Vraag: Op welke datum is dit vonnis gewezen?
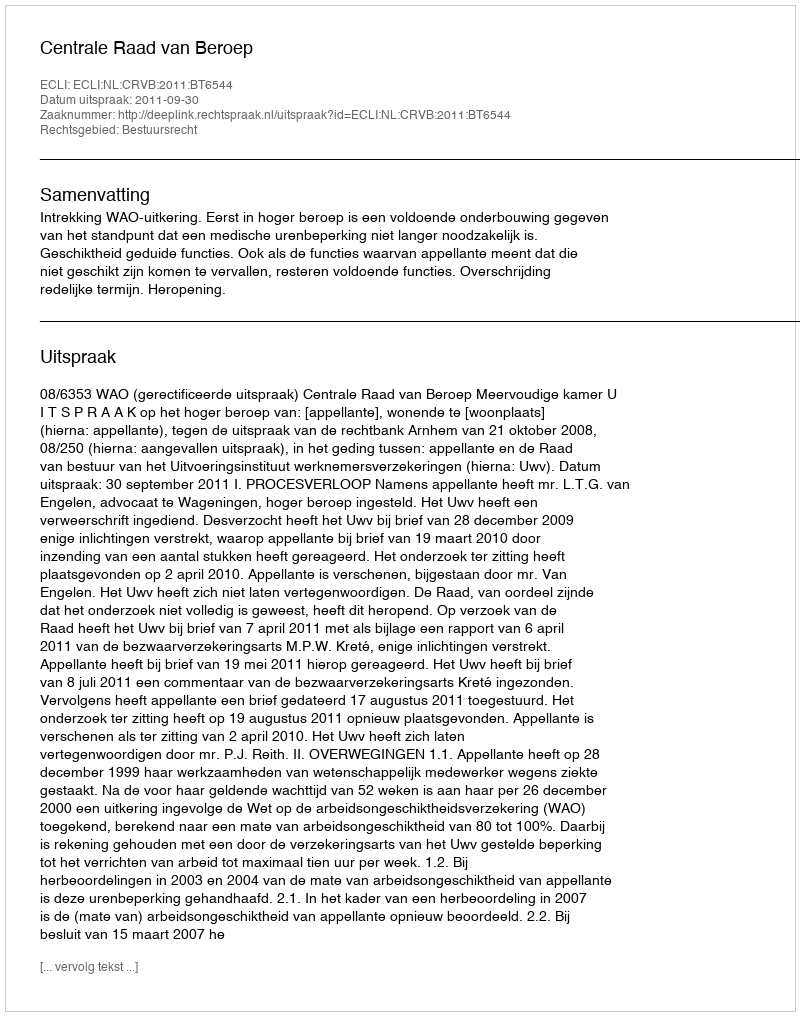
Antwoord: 2011-09-30